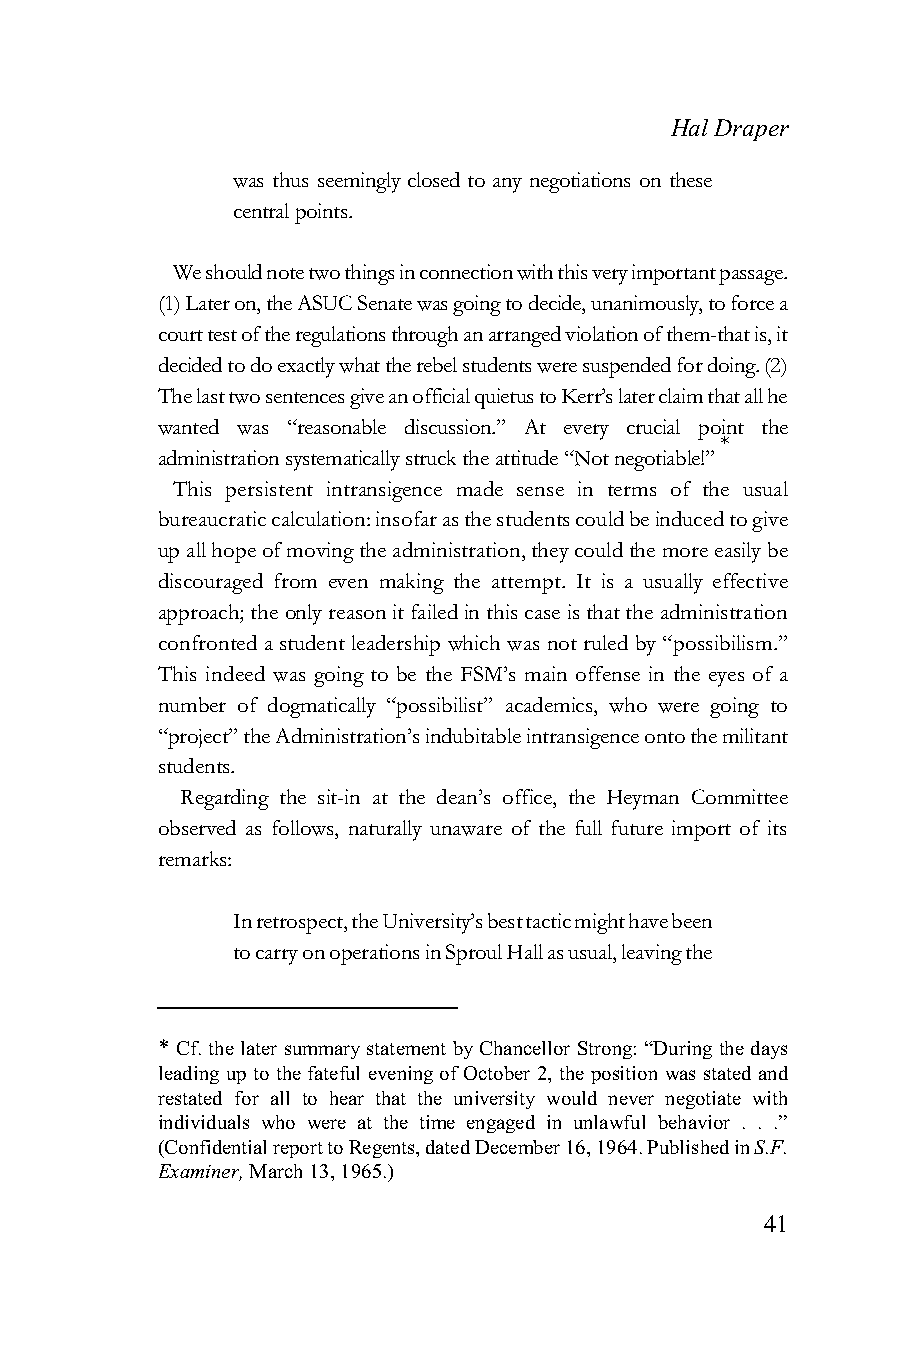
Hal Draper
 was thus seemingly closed to any negotiations on these
 central points.
 We should note two things in connection with this very important passage.
 (1) Later on, the ASUC Senate was going to decide, unanimously, to force a
 court test of the regulations through an arranged violation of them-that is, it
 decided to do exactly what the rebel students were suspended for doing. (2)
 The last two sentences give an official quietus to Kerr’s later claim that all he
 wanted was “reasonable discussion.” At every crucial point the
 *
 administration systematically struck the attitude “Not negotiable!”
 This persistent intransigence made sense in terms of the usual
 bureaucratic calculation: insofar as the students could be induced to give
 up all hope of moving the administration, they could the more easily be
 discouraged from even making the attempt. It is a usually effective
 approach; the only reason it failed in this case is that the administration
 confronted a student leadership which was not ruled by “possibilism.”
 This indeed was going to be the FSM’s main offense in the eyes of a
 number of dogmatically “possibilist” academics, who were going to
 “project” the Administration’s indubitable intransigence onto the militant
 students.
 Regarding the sit-in at the dean’s office, the Heyman Committee
 observed as follows, naturally unaware of the full future import of its
 remarks:
 In retrospect, the University’s best tactic might have been
 to carry on operations in Sproul Hall as usual, leaving the
 * Cf. the later summary statement by Chancellor Strong: “During the days
 leading up to the fateful evening of October 2, the position was stated and
 restated for all to hear that the university would never negotiate with
 individuals who were at the time engaged in unlawful behavior . . .”
 (Confidential report to Regents, dated December 16, 1964. Published in S.F.
 Examiner, March 13, 1965.)
 41